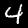
Label: 4